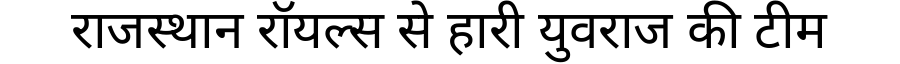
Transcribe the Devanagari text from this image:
राजस्थान रॉयल्स से हारी युवराज की टीम